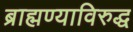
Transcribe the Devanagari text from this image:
ब्राह्मण्याविरुद्ध